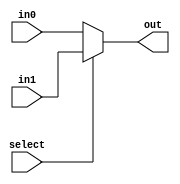
//module MUX_2to1(Out, Sel, A, B);
//
//	input [31:0] A, B;
//	input Sel;
//	output [31:0] Out;
//
//	assign Out = Sel ? A: B;
//	
//endmodule


module MUX_2to1(in0, in1, select, out);
    input select;
    input [31:0] in0, in1;
    output [31:0] out;
    assign out = select ? in1: in0;
endmodule